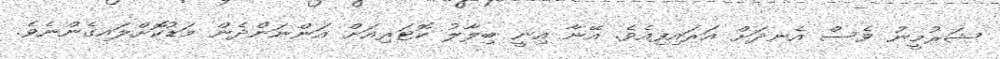
ޝަރުމީނު ވެސް އެނދަށް އަރައިފިއެވެ. އޭނާ އިނީ ބިލާލު ކޮޓަރިއަށް އަންނަންދެން މަޑުކޮށްލައިގެންނެވެ.